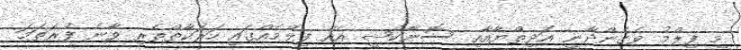
މި ފިލްމު ވެގެންދާނީ އަދިތްޔާއާއި ސޮނާކްޝީ އެއް ފިލްމެއްގައި ހަރަކާތްތެރި ވާނެ ފުރަތަމަ